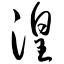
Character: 湟